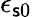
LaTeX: \epsilon_{\mathsf{s}0}